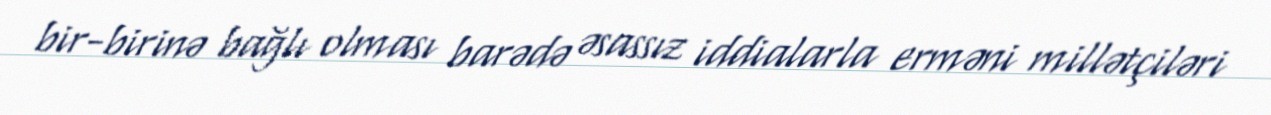
bir-birinə bağlı olması barədə əsassız iddialarla erməni millətçiləri